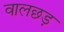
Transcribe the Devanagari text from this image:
वालछड़